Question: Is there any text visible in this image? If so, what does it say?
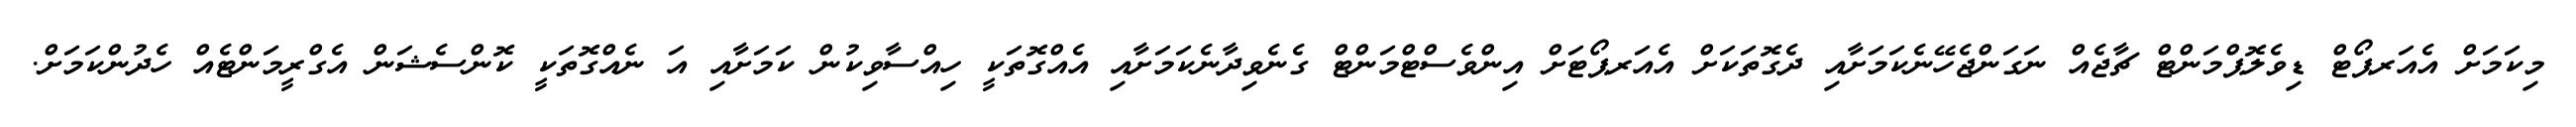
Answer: މިކަމަށް އެއަރޕޯޓް ޑިވެލޮޕްމަންޓް ޗާޖެއް ނަގަންޖެހޭނެކަމަށާއި ދެގޮތަކަށް އެއަރޕޯޓަށް އިންވެސްޓްމަންޓް ގެނެވިދާނެކަމަށާއި އެއްގޮތަކީ ހިއްސާވިކުން ކަމަށާއި އަ ނެއްގޮތަކީ ކޮންސެޝަން އެގްރީމަންޓެއް ހެދުންކަމަށް.